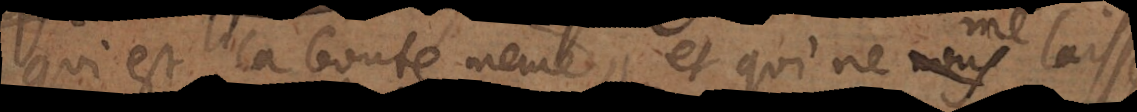
qui est la bonté même, et qui ne me laisse